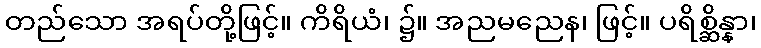
တည်သော အရပ်တို့ဖြင့်။ ကိရိယံ၊ ၌။ အညမညေန၊ ဖြင့်။ ပရိစ္ဆိန္နာ၊